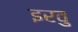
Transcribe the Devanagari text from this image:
इरवु